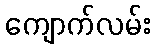
ကျောက်လမ်း